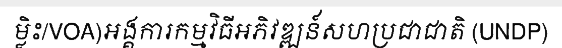
ម្លិះ/VOA)អង្គការកម្មវិធីអភិវឌ្ឍន៍សហប្រជាជាតិ (UNDP)